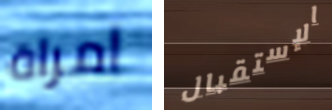
امراة الإستقبال